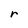
Character: r